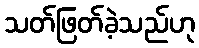
သတ်ဖြတ်ခဲ့သည်ဟု